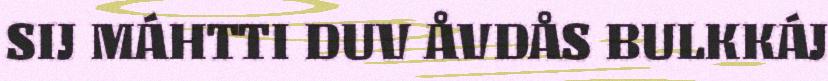
SIJ MÁHTTI DUV ÅVDÅS BULKKÁJ